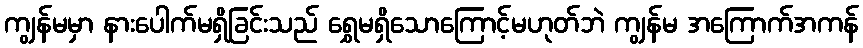
ကျွန်မမှာ နားပေါက်မရှိခြင်းသည် ရွှေမရှိသောကြောင့်မဟုတ်ဘဲ ကျွန်မ အကြောက်အကန်